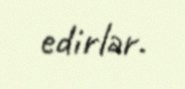
edirlər.